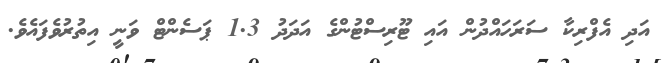
އަދި އެފްރިކާ ސަރަހައްދުން އައި ޓޫރިސްޓުންގެ އަދަދު 1.3 ޕަސެންޓް ވަނީ އިތުރުވެފައެވެ.